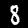
Digit: 8